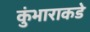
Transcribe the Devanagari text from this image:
कुंभाराकडे